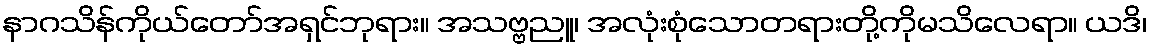
နာဂသိန်ကိုယ်တော်အရှင်ဘုရား။ အသဗ္ဗညူ၊ အလုံးစုံသောတရားတို့ကိုမသိလေရာ။ ယဒိ၊